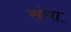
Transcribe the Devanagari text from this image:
संचा